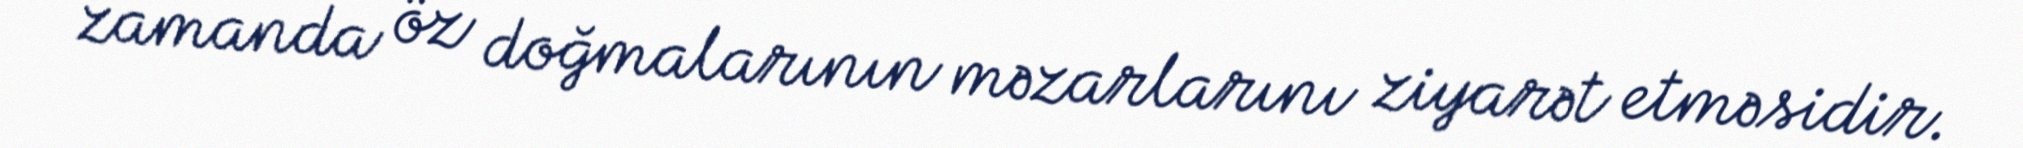
zamanda öz doğmalarının məzarlarını ziyarət etməsidir.